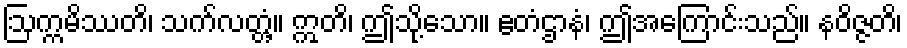
ဩက္ကမိဿတိ၊ သက်လတ္တံ့။ ဣတိ၊ ဤသို့သော။ ဧတံဌာနံ၊ ဤအကြောင်းသည်။ နဝိဇ္ဇတိ၊